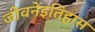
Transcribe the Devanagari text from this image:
जीवनेइतिहास